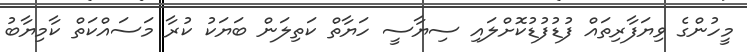
މީހުންގެ ވިޔަފާރިތައް ފުޑުފުޑުކޮށްލައި ސިޔާސީ ހަޔާތް ކަތިލަން ބަޔަކު ކުރާ މަސައްކަތް ކާމިޔާބު